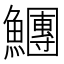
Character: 𩼯